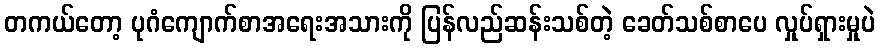
တကယ်တော့ ပုဂံကျောက်စာအရေးအသားကို ပြန်လည်ဆန်းသစ်တဲ့ ခေတ်သစ်စာပေ လှုပ်ရှားမှုပဲ